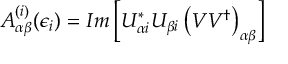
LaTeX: A _ { \alpha \beta } ^ { ( i ) } ( \epsilon _ { i } ) = I m \left[ U _ { \alpha i } ^ { \ast } U _ { \beta i } \left( V V ^ { \dagger } \right) _ { \alpha \beta } \right]